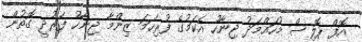
އޮފް ޕޮލިސް މުހައްމަދު ޖިނާހު އެކަމުގެ ފުރިހަމަ ޒިންމާ ޖިނާހު ފަރުދީ ގޮތުން